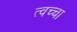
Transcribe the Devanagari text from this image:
त्वच्चा